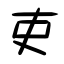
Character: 吏